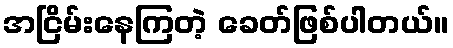
အငြိမ်းနေကြတဲ့ ခေတ်ဖြစ်ပါတယ်။